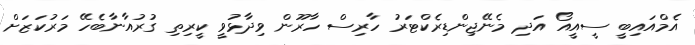
އެމްއައިބީ ސީއީއޯ އަދި މެނޭޖިންޑިރެކްޓަރު ހާރިސް ހާރޫން ވިދާޅުވީ ކީރިތި ގުރުއާނާބެހޭ މަރުކަޒަށް